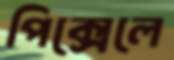
পিক্সেলে